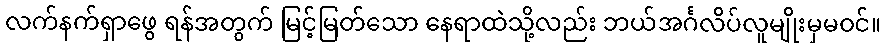
လက်နက်ရှာဖွေ ရန်အတွက် မြင့်မြတ်သော နေရာထဲသို့လည်း ဘယ်အင်္ဂလိပ်လူမျိုးမှမဝင်။